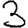
Digit: 3